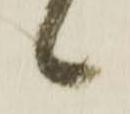
候